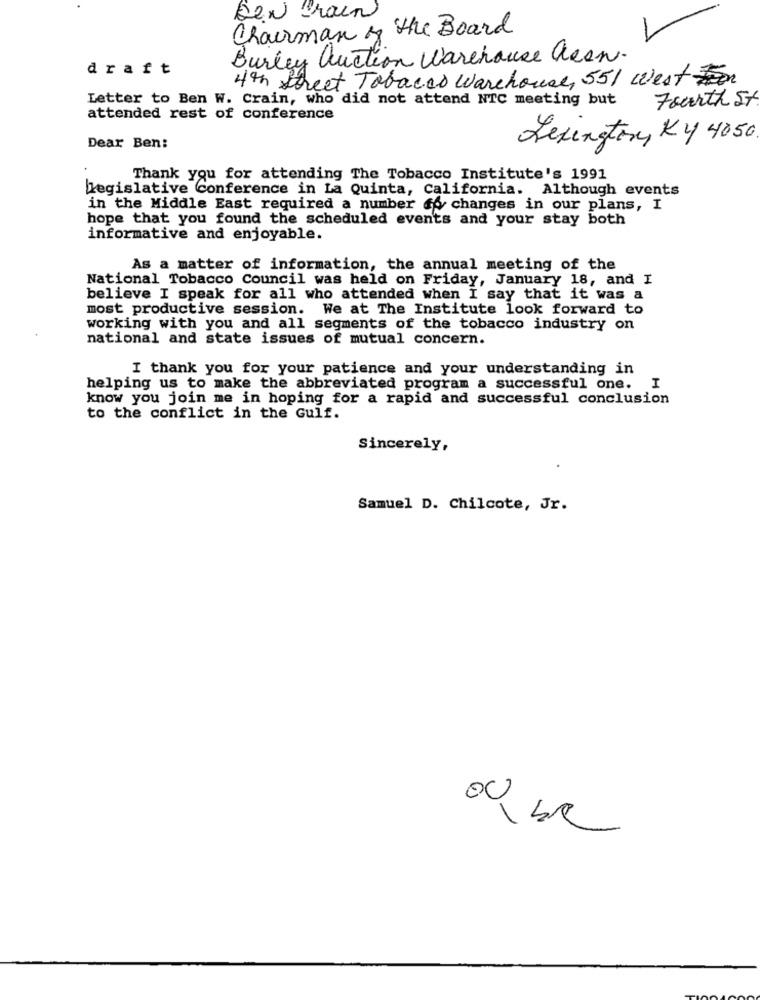
ben Brain
Chairman of the Board
Burley auction Warehouse Geen.
draft
4th Street Tobacco Warehouse, 551 West on
Letter to Ben W. Crain, who did not attend NTC meeting but
Fourth St
attended rest of conference
Lexington, KY 4050
Dear Ben:
Thank you for attending The Tobacco Institute's 1991
legislative Conference in La Quinta, California. Although events
in the Middle East required a number fo changes in our plans, I
hope that you found the scheduled events and your stay both
informative and enjoyable.
As a matter of information, the annual meeting of the
National Tobacco Council was held on Friday, January 18, and I
believe I speak for all who attended when I say that it was a
most productive session. We at The Institute look forward to
working with you and all segments of the tobacco industry on
national and state issues of mutual concern.
I thank you for your patience and your understanding in
helping us to make the abbreviated program a successful one. I
know you join me in hoping for a rapid and successful conclusion
to the conflict in the Gulf.
Sincerely,
Samuel D. Chilcote, Jr.
00 bc